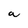
Character: a